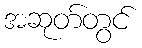
အဆုတ်တွင်